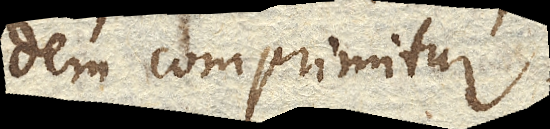
dem comprimitur